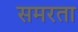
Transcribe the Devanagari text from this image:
समरता